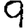
Digit: 9